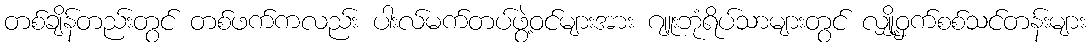
တစ်ချိန်တည်းတွင် တစ်ဖက်ကလည်း ပါးလ်မက်တပ်ဖွဲ့ဝင်များအား ဂျူးဘုံရိပ်သာများတွင် လျှို့ဝှက်စစ်သင်တန်းများ